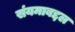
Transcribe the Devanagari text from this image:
संयमाबद्दल